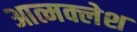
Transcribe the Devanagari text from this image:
आत्मक्लेश